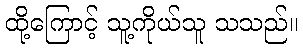
ထို့ကြောင့် သူ့ကိုယ်သူ သသည်။